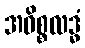
အဓိစ္စလဒ္ဓံ